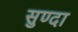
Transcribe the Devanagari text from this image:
सुण्दा